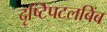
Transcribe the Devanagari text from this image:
दृष्टिपटलबिंब